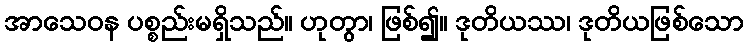
အာသေဝန ပစ္စည်းမရှိသည်။ ဟုတွာ၊ ဖြစ်၍။ ဒုတိယဿ၊ ဒုတိယဖြစ်သော